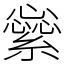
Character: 繠